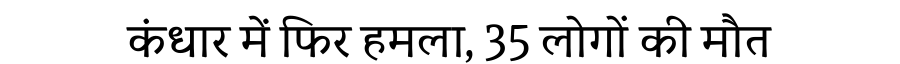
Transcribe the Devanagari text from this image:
कंधार में फिर हमला, 35 लोगों की मौत